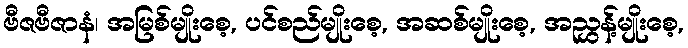
ဗီဇဗီဇာနံ၊ အမြစ်မျိုးစေ့, ပင်စည်မျိုးစေ့, အဆစ်မျိုးစေ့, အညွှန့်မျိုးစေ့,